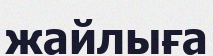
жайлыға